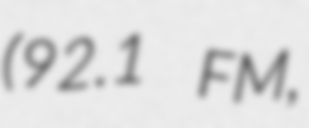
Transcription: (92.1 FM,